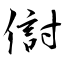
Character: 傠